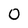
Character: 0